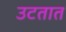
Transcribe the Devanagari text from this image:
उटतात